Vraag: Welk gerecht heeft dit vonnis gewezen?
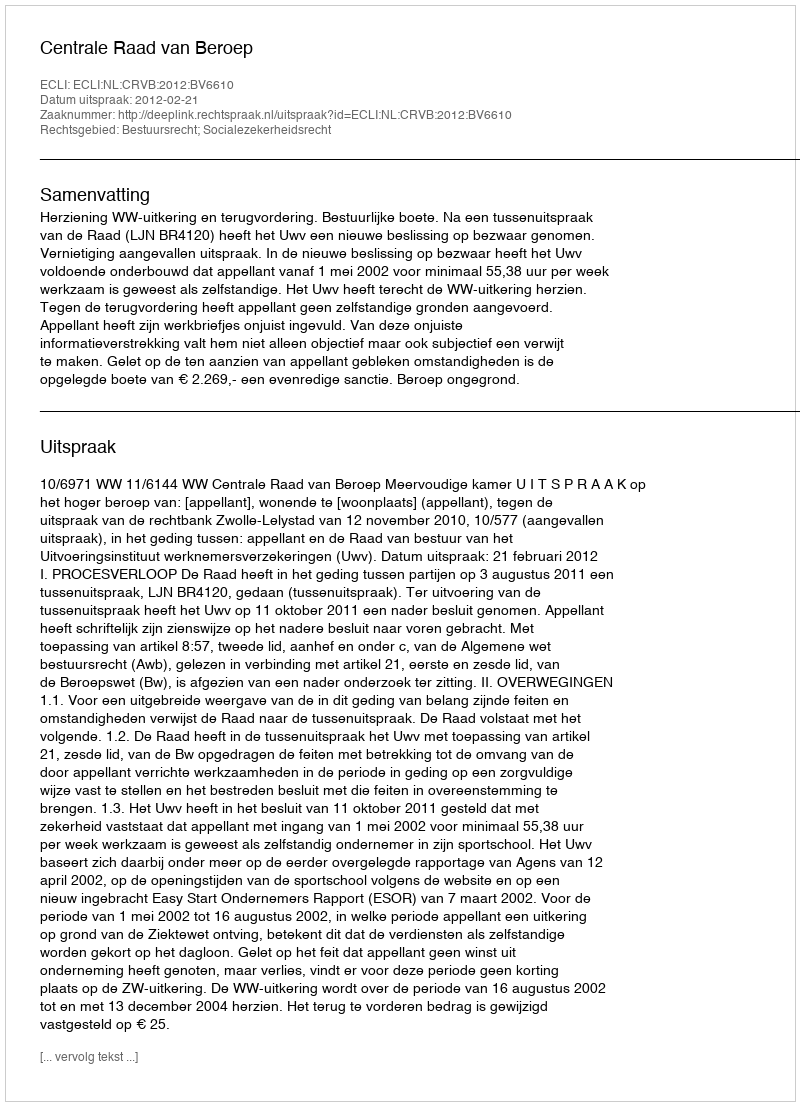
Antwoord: Centrale Raad van Beroep